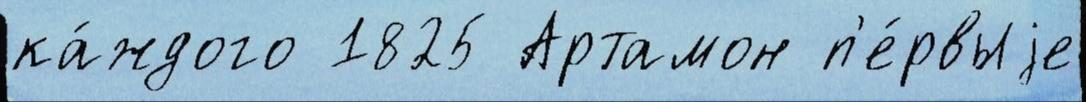
ка́ждого 1825 Артамон п'е́рвыjе